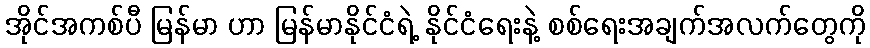
အိုင်အကစ်ပီ မြန်မာ ဟာ မြန်မာနိုင်ငံရဲ့ နိုင်ငံရေးနဲ့ စစ်ရေးအချက်အလက်တွေကို